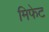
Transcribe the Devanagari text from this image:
मिफेट